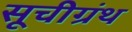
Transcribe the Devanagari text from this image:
सूचीग्रंथ